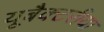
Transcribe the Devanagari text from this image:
यूबैक्टरीया